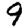
Digit: 9